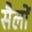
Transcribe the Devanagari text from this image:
सैलों